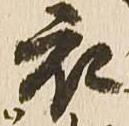
衣